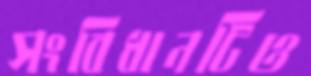
সংবিধানটিও